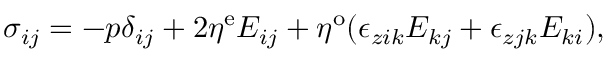
\begin{array} { r } { \sigma _ { i j } = - p \delta _ { i j } + 2 \eta ^ { \mathrm { e } } E _ { i j } + \eta ^ { \mathrm { o } } ( \epsilon _ { z i k } E _ { k j } + \epsilon _ { z j k } E _ { k i } ) , } \end{array}